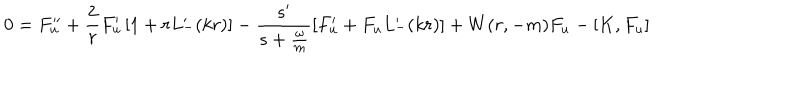
0 = F _ { u } ^ { \prime \prime } + \frac { 2 } { r } F _ { u } ^ { \prime } \left[ 1 + r L _ { - } ^ { \prime } ( k r ) \right] - \frac { s ^ { \prime } } { s + \frac { \omega } { m } } \left[ F _ { u } ^ { \prime } + F _ { u } L _ { - } ^ { \prime } ( k r ) \right] + W ( r , - m ) F _ { u } - \left[ K , F _ { u } \right]